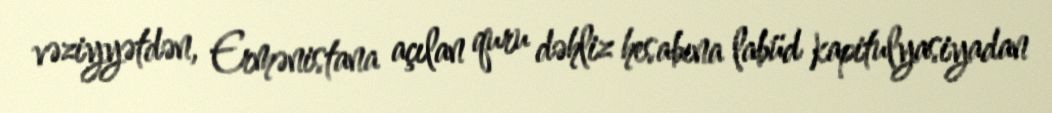
vəziyyətdən, Ermənistana açılan quru dəhliz hesabına labüd kapitulyasiyadan